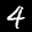
Label: 4